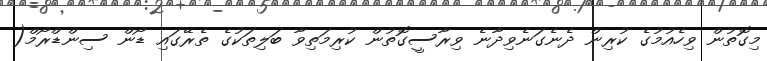
މިގޮތުން ވިހެއުމުގެ ކުރިން ދެނެގަނެވިދާނެ ވިރާސީގޮތުން ކުރިމަތިވާ ބަލިތަކުގެ ތެރޭގައި ޑޯން ސިންޑްރޯމް(